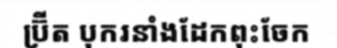
ប្រ៊ីត បុករនាំងដែកពុះចែក